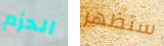
الحزم ستظهر